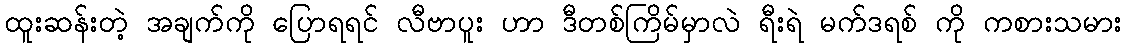
ထူးဆန်းတဲ့ အချက်ကို ပြောရရင် လီဗာပူး ဟာ ဒီတစ်ကြိမ်မှာလဲ ရီးရဲ မက်ဒရစ် ကို ကစားသမား